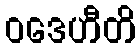
ဝဒေဟီတိ